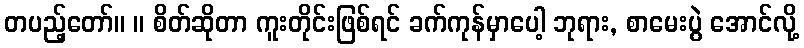
တပည့်တော်။ ။ စိတ်ဆိုတာ ကူးတိုင်းဖြစ်ရင် ခက်ကုန်မှာပေါ့ ဘုရား, စာမေးပွဲ အောင်လို့